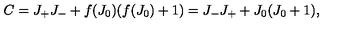
C = J _ { + } J _ { - } + f ( J _ { 0 } ) ( f ( J _ { 0 } ) + 1 ) = J _ { - } J _ { + } + J _ { 0 } ( J _ { 0 } + 1 ) ,